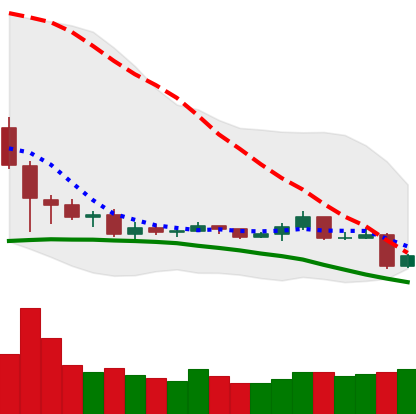
Ticker: TRX-USD
Chart end date: 2019-08-10
Forward return: -13.952%
Label: down_7plus